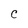
Character: C